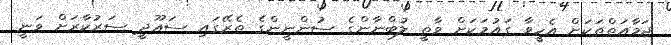
ޖަމާއަތްތަކަށް އެހީވާ ގައުމަކަށް ވާތީ ލުބްނާންގެ ސުންނީންގެ ތެރޭގައި ސައޫދީ ސަރުކާރަށް ވަނީ